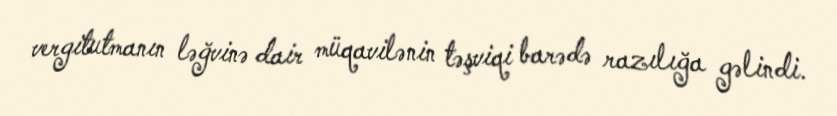
vergitutmanın ləğvinə dair müqavilənin təşviqi barədə razılığa gəlindi.